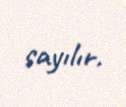
sayılır.